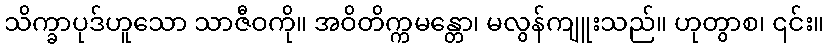
သိက္ခာပုဒ်ဟူသော သာဇီဝကို။ အဝိတိက္ကမန္တော၊ မလွန်ကျူးသည်။ ဟုတွာစ၊ ၎င်း။